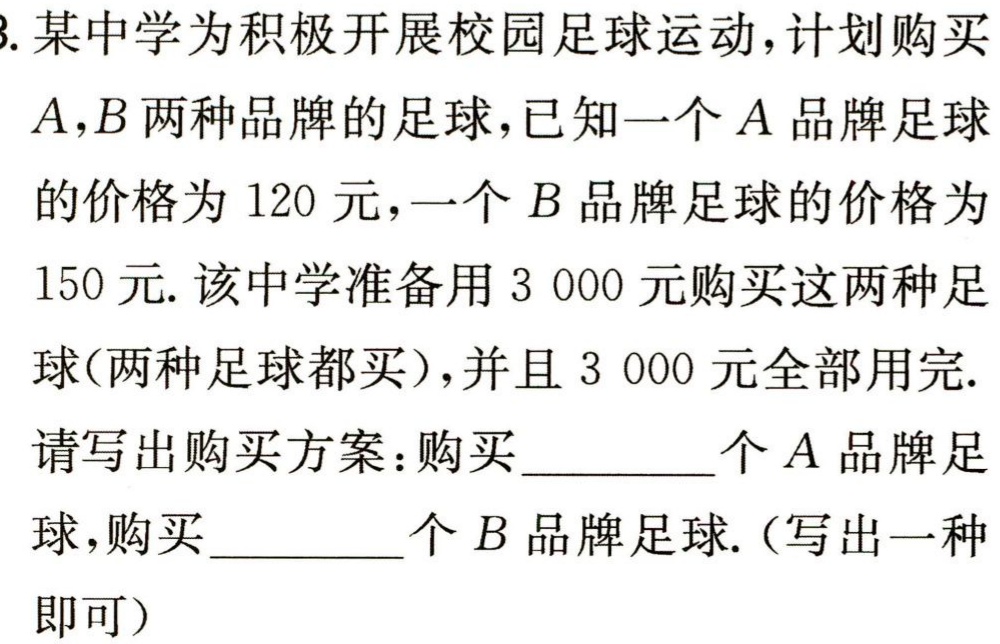
3. 某中学为积极开展校园足球运动，计划购买

\(A,B\)两种品牌的足球，已知一个\(A\)品牌足球

的价格为\(120\)元，一个\(B\)品牌足球的价格为

\(150\)元. 该中学准备用\(3 000\)元购买这两种足

球(两种足球都买)，并且\(3 000\)元全部用完.

请写出购买方案：购买__________个\(A\)品牌足

球，购买__________个\(B\)品牌足球.（写出一种

即可）